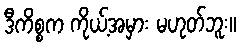
ဒီကိစ္စက ကိုယ့်အမှား မဟုတ်ဘူး။